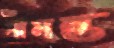
সামন্ত